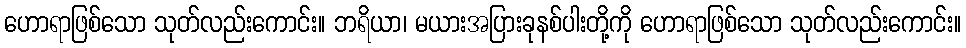
ဟောရာဖြစ်သော သုတ်လည်းကောင်း။ ဘရိယာ၊ မယားအပြားခုနစ်ပါးတို့ကို ဟောရာဖြစ်သော သုတ်လည်းကောင်း။